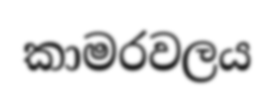
කාමරවලය